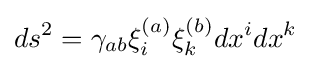
ds^{2}=\gamma _{ab}\xi _{i}^{(a)}\xi _{k}^{(b)}dx^{i}dx^{k}